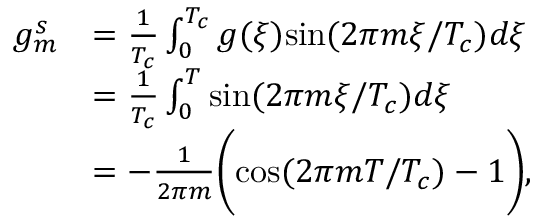
\begin{array} { r l } { g _ { m } ^ { s } } & { = \frac { 1 } { T _ { c } } \int _ { 0 } ^ { T _ { c } } g ( \xi ) \mathrm { s i n } ( 2 \pi m \xi / T _ { c } ) d \xi } \\ & { = \frac { 1 } { T _ { c } } \int _ { 0 } ^ { T } \mathrm { s i n } ( 2 \pi m \xi / T _ { c } ) d \xi } \\ & { = - \frac { 1 } { 2 \pi m } \bigg ( \mathrm { c o s } ( 2 \pi m T / T _ { c } ) - 1 \bigg ) , } \end{array}